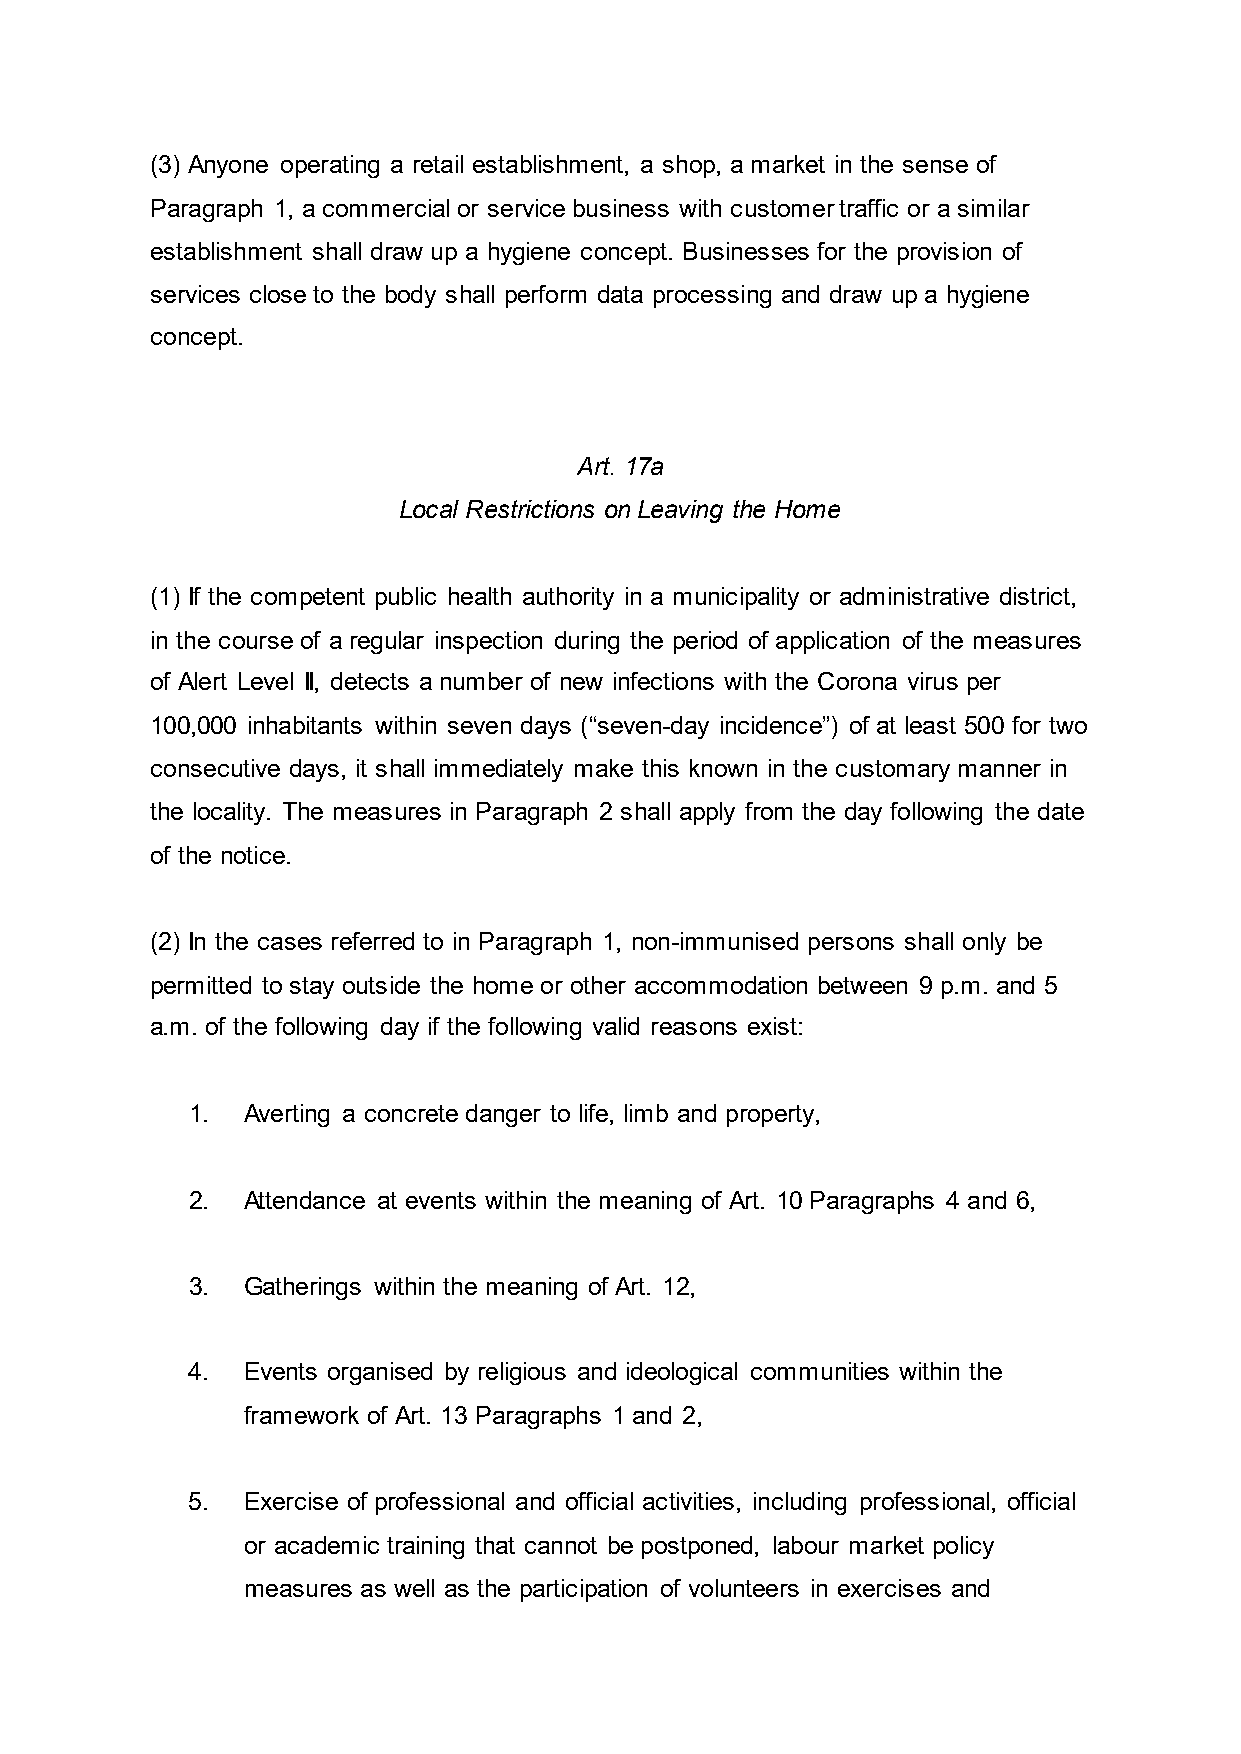
(3) Anyone operating a retail establishment, a shop, a market in the sense of
 Paragraph 1, a commercial or service business with customer traffic or a similar
 establishment shall draw up a hygiene concept. Businesses for the provision of
 services close to the body shall perform data processing and draw up a hygiene
 concept.
 Art. 17a
 Local Restrictions on Leaving the Home
 (1) If the competent public health authority in a municipality or administrative district,
 in the course of a regular inspection during the period of application of the measures
 of Alert Level II, detects a number of new infections with the Corona virus per
 100,000 inhabitants within seven days (“seven-day incidence”) of at least 500 for two
 consecutive days, it shall immediately make this known in the customary manner in
 the locality. The measures in Paragraph 2 shall apply from the day following the date
 of the notice.
 (2) In the cases referred to in Paragraph 1, non-immunised persons shall only be
 permitted to stay outside the home or other accommodation between 9 p.m. and 5
 a.m. of the following day if the following valid reasons exist:
 1.  Averting a concrete danger to life, limb and property,
 2.  Attendance at events within the meaning of Art. 10 Paragraphs 4 and 6,
 3.  Gatherings within the meaning of Art. 12,
 4.  Events organised by religious and ideological communities within the
 framework of Art. 13 Paragraphs 1 and 2,
 5.  Exercise of professional and official activities, including professional, official
 or academic training that cannot be postponed, labour market policy
 measures as well as the participation of volunteers in exercises and